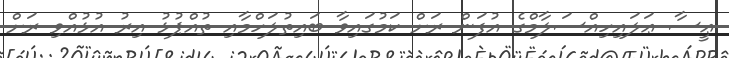
ޢީސާ ޢަލައިހިއްސަލާމްގެ އުފަން ރަށް ކަމުގައިވާ ބައިތުލަހްމާއި ތުއްޕުޅު އިރު އުޅުއްވި ރަށް